Insane asylums in Bengal annual reports 1867-1875 - 1867-1875
Year: 1867
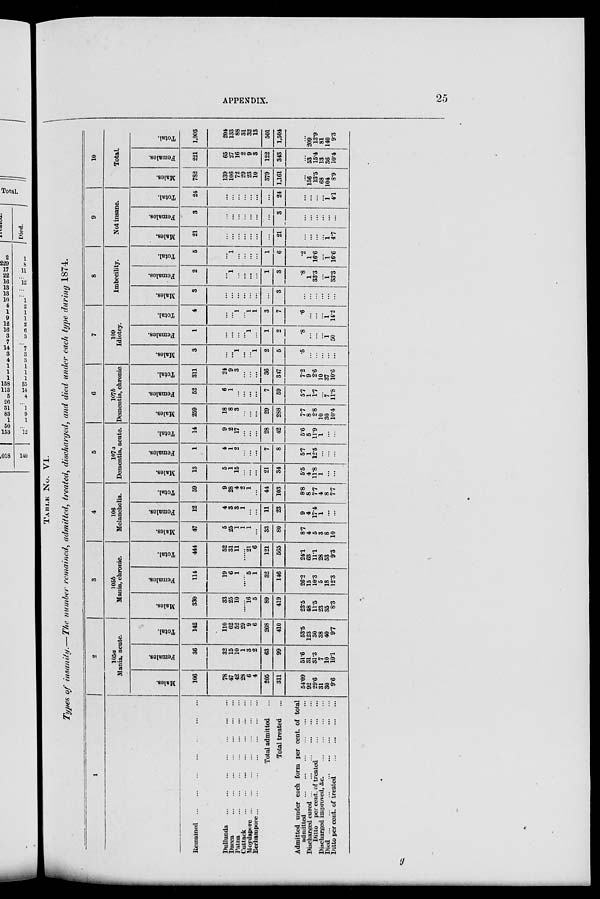
APPENDIX.
25
TABLE No. VI.
Types of insanity.—The number remained, admitted, treated, discharged, and died under each type during 1874.
1
Remained
...
...
...
...
...
...
Dullunda
...
...
...
...
...
...
Dacca
...
...
...
...
...
...
Patna
...
...
...
...
...
...
Cuttack
...
...
...
...
...
...
Moydapore...
...
...
...
...
...
Berhampore
...
...
...
...
...
...
Total admitted ...
Total treated ...
Admitted under each form per cent. of total
admitted
...
...
...
...
...
...
Discharged cured...
...
...
...
...
...
Ditto per cent. of treated
...
...
...
Discharged improved, &c.
...
...
...
Died
...
...
...
...
...
...
...
...
Ditto per cent. of treated
...
...
...
2
105a
Mania, acute.
Males.
106
78
47
42
28
6
4
205
311
54.09
92
29.6
31
30
9.6
Females.
36
32
15
10
1
3
2
63
99
51.6
31
31.3
7
10
10.1
Total.
142
110
62
52
29
9
6
268
410
53.5
123
30
38
40
9.7
3
105b
Mania, chronic.
Males.
330
33
25
10
......
16
5
89
419
23.5
48
11.5
23
35
8.3
Females.
114
19
6
1
......
5
1
32
146
26.2
15
10.3
5
18
12.3
Total.
444
52
31
11
......
21
6
121
565
24.1
63
11.1
28
53
9.3
4
106
Melancholia.
Males.
47
5
25
1
1
1
...
33
80
8.7
4
5
3
8
10
Females.
12
4
3
3
1
...
...
11
23
9
4
17.4
1
...
...
Total.
59
9
28
4
2
1
...
44
103
8.8
8
7.7
4
8
7.7
5
107a
Dementia, acute.
Males.
13
5
1
15
...
...
...
21
34
5.5
4
11.8
1
...
...
Females.
1
4
1
2
...
...
...
7
8
5.7
1
12.5
...
...
...
Total.
14
9
2
17
...
...
...
28
42
5.6
5
11.9
1
...
...
6
107b
Dementia, chronic.
Males.
259
18
8
3
...
...
...
29
288
7.7
8
2.8
10
30
10.4
Females.
52
6
1
...
...
...
...
7
59
5.7
1
1.7
...
7
11.8
Total.
311
24
9
3
...
...
...
36
347
7.2
9
2.6
10
37
10.6
7
109
Idiotcy.
Males.
3
...
...
1
...
...
1
2
5
.5
...
...
...
...
...
Females.
1
...
...
...
...
1
...
1
2
.8
...
...
...
1
50
Total.
4
...
...
1
...
1
1
3
7
.6
...
...
...
1
14.2
8
Imbecility.
Males.
3
...
...
...
...
...
...
...
3
...
...
...
...
...
...
Females.
2
...
1
...
...
...
...
1
3
.8
1
33.3
...
1
33.3
Total.
5
...
1
...
...
...
...
1
6
.2
1
16.6
...
1
16.6
9
Not insane.
Males.
21
...
...
...
...
...
...
...
21
...
...
...
...
1
4.7
Females.
3
...
...
...
...
...
...
...
3
...
...
...
...
...
...
Total.
24
...
...
...
...
...
...
...
24
...
...
...
...
1
4.1
10
Total.
Males.
782
139
106
72
29
23
10
379
1,161
...
156
13.5
68
104
8.9
Females.
221
65
27
16
2
9
3
122
343
...
53
15.4
13
36
10.4
Total.
1,003
204
133
88
31
32
13
501
1,504
...
209
13.9
81
140
9.3
g